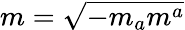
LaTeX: m=\sqrt{-m_{a}m^{a}}